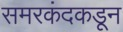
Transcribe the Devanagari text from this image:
समरकंदकडून